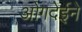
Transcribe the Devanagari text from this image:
ओगदेईने